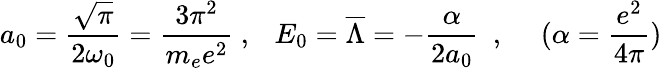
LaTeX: a_{0}={\frac{\sqrt{\pi}}{2\omega_{0}}}={\frac{3\pi^{2}}{m_{e}e^{2}}}~,~~~E_{0}=\overline{{{\Lambda}}}=-{\frac{\alpha}{2a_{0}}}~~,~~~~~(\alpha={\frac{e^{2}}{4\pi}})